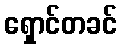
ရှောင်တခင်